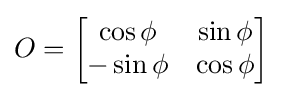
O={\begin{bmatrix}\cos \phi &\sin \phi \\-\sin \phi &\cos \phi \end{bmatrix}}